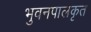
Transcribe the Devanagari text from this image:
भुवनपालकृत